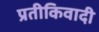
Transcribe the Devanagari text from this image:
प्रतीकिवादी